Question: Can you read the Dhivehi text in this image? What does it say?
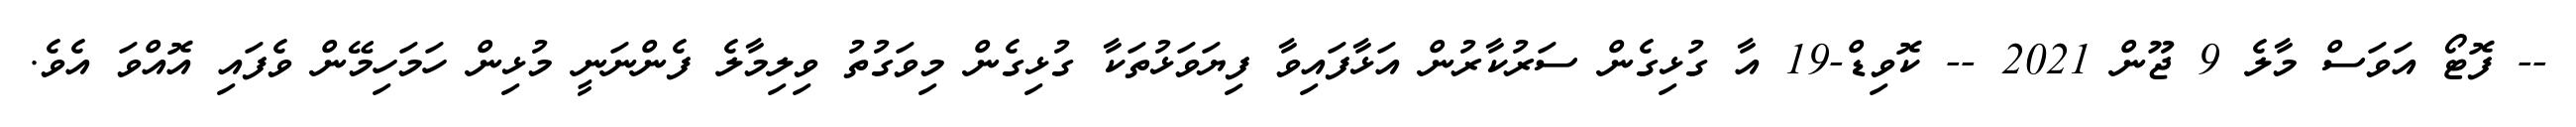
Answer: -- ފޮޓޯ އަވަސް މާލެ 9 ޖޫން 2021 -- ކޮވިޑް-19 އާ ގުޅިގެން ސަރުކާރުން އަޅާފައިވާ ފިޔަވަޅުތަކާ ގުޅިގެން މިވަގުތު ވިލިމާލެ ފެންނަނީ މުޅިން ހަމަހިމޭން ވެފައި އޮއްވަ އެވެ.